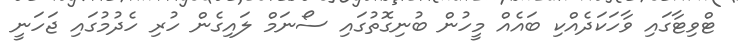
ޓްވިޓާގައި ވާހަކަދެއްކި ބައެއް މީހުން ބުނިގޮތުގައި ސޯނަމް ލައިގެން ހުރި ހެދުމުގައި ޖަހަނީ